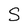
Character: S